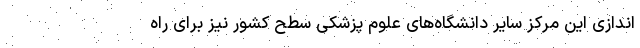
اندازی این مرکز سایر دانشگاه‌های علوم پزشکی سطح کشور نیز برای راه